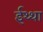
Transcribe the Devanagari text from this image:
ईथ्था